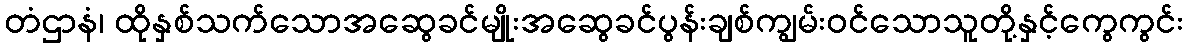
တံဌာနံ၊ ထိုနှစ်သက်သောအဆွေခင်မျိုးအဆွေခင်ပွန်းချစ်ကျွမ်းဝင်သောသူတို့နှင့်ကွေကွင်း